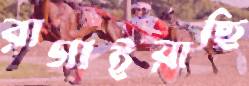
রাগাইয়াছি